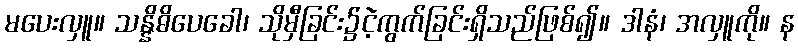
မပေးလှူ။ သန္နိဓိပေခေါ၊ သိုမှီခြင်း၌ငဲ့ကွက်ခြင်းရှိသည်ဖြစ်၍။ ဒါနံ၊ အလှူကို။ န